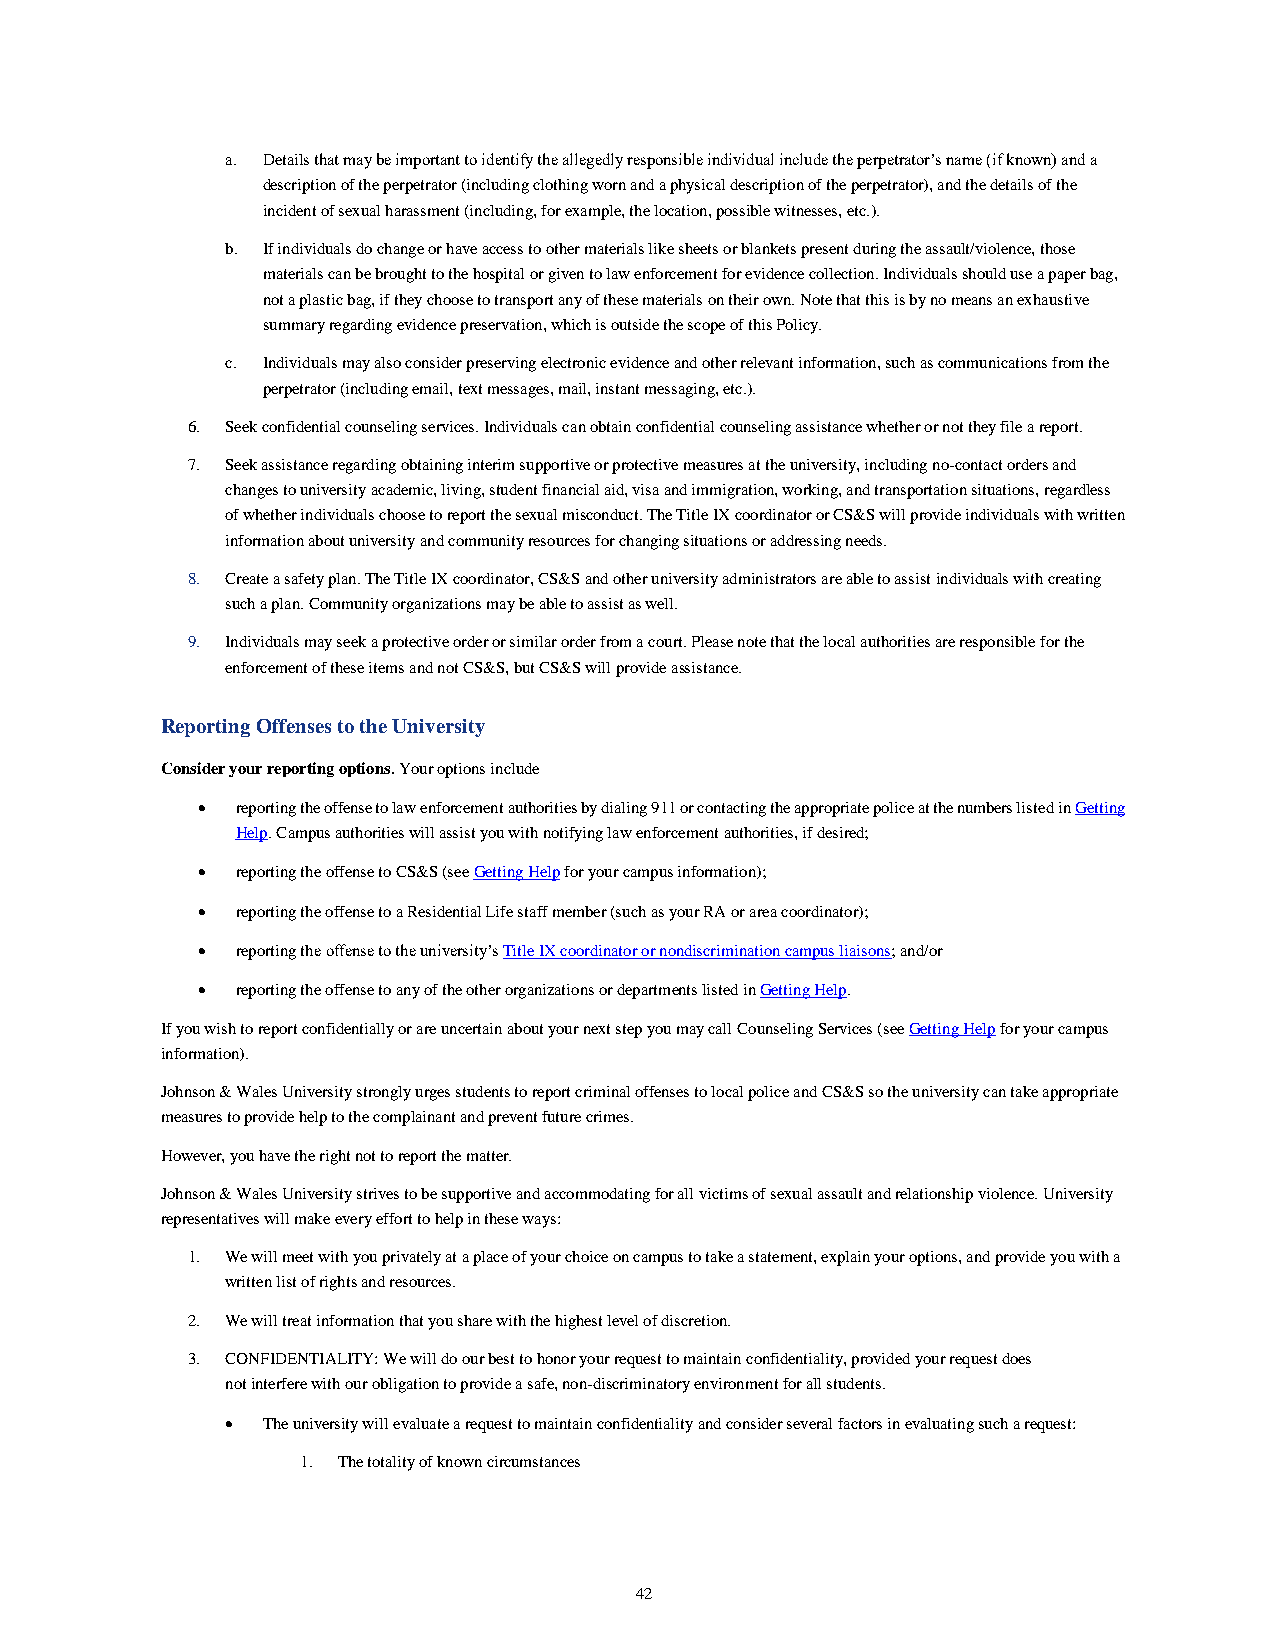
a. Details that may be important to identify the allegedly responsible individual include the perpetrator’s name (if known) and a
 description of the perpetrator (including clothing worn and a physical description of the perpetrator), and the details of the
 incident of sexual harassment (including, for example, the location, possible witnesses, etc.).
 b. If individuals do change or have access to other materials like sheets or blankets present during the assault/violence, those
 materials can be brought to the hospital or given to law enforcement for evidence collection. Individuals should use a paper bag,
 not a plastic bag, if they choose to transport any of these materials on their own. Note that this is by no means an exhaustive
 summary regarding evidence preservation, which is outside the scope of this Policy.
 c. Individuals may also consider preserving electronic evidence and other relevant information, such as communications from the
 perpetrator (including email, text messages, mail, instant messaging, etc.).
 6. Seek confidential counseling services. Individuals can obtain confidential counseling assistance whether or not they file a report.
 7. Seek assistance regarding obtaining interim supportive or protective measures at the university, including no-contact orders and
 changes to university academic, living, student financial aid, visa and immigration, working, and transportation situations, regardless
 of whether individuals choose to report the sexual misconduct. The Title IX coordinator or CS&S will provide individuals with written
 information about university and community resources for changing situations or addressing needs.
 8. Create a safety plan. The Title IX coordinator, CS&S and other university administrators are able to assist individuals with creating
 such a plan. Community organizations may be able to assist as well.
 9. Individuals may seek a protective order or similar order from a court. Please note that the local authorities are responsible for the
 enforcement of these items and not CS&S, but CS&S will provide assistance.
 Reporting Offenses to the University
 Consider your reporting options. Your options include
   reporting the offense to law enforcement authorities by dialing 911 or contacting the appropriate police at the numbers listed in Getting
 Help. Campus authorities will assist you with notifying law enforcement authorities, if desired;
   reporting the offense to CS&S (see Getting Help for your campus information);
   reporting the offense to a Residential Life staff member (such as your RA or area coordinator);
   reporting the offense to the university’s Title IX coordinator or nondiscrimination campus liaisons; and/or
   reporting the offense to any of the other organizations or departments listed in Getting Help.
 If you wish to report confidentially or are uncertain about your next step you may call Counseling Services (see Getting Help for your campus
 information).
 Johnson & Wales University strongly urges students to report criminal offenses to local police and CS&S so the university can take appropriate
 measures to provide help to the complainant and prevent future crimes.
 However, you have the right not to report the matter.
 Johnson & Wales University strives to be supportive and accommodating for all victims of sexual assault and relationship violence. University
 representatives will make every effort to help in these ways:
 1. We will meet with you privately at a place of your choice on campus to take a statement, explain your options, and provide you with a
 written list of rights and resources.
 2. We will treat information that you share with the highest level of discretion.
 3. CONFIDENTIALITY: We will do our best to honor your request to maintain confidentiality, provided your request does
 not interfere with our obligation to provide a safe, non-discriminatory environment for all students.
  The university will evaluate a request to maintain confidentiality and consider several factors in evaluating such a request:
 1. The totality of known circumstances
 42